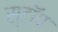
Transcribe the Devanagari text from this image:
स्टाॅप